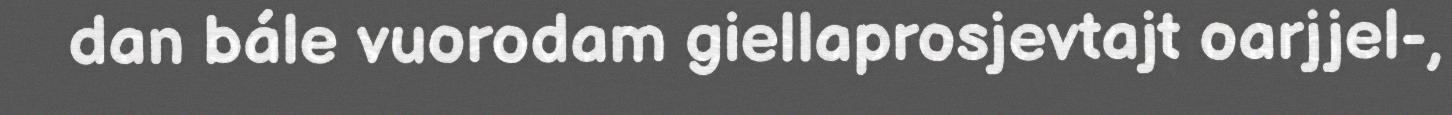
dan bále vuorodam giellaprosjevtajt oarjjel-,